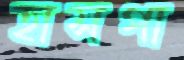
হাসপা